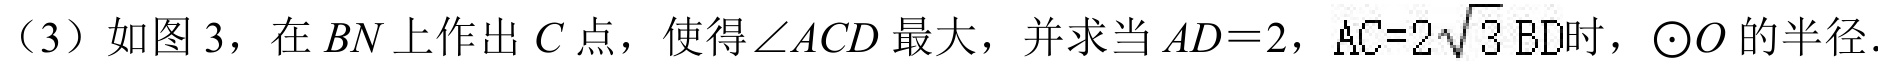
（3）如图 3，在 \(BN\)上作出 \(C\)点，使得\(\angle ACD\)最大，并求当 \(AD = 2\)，\(AC = 2\sqrt{3}BD\)时，\(\odot O\)的半径．